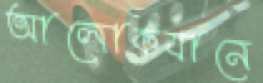
আলোকযানে